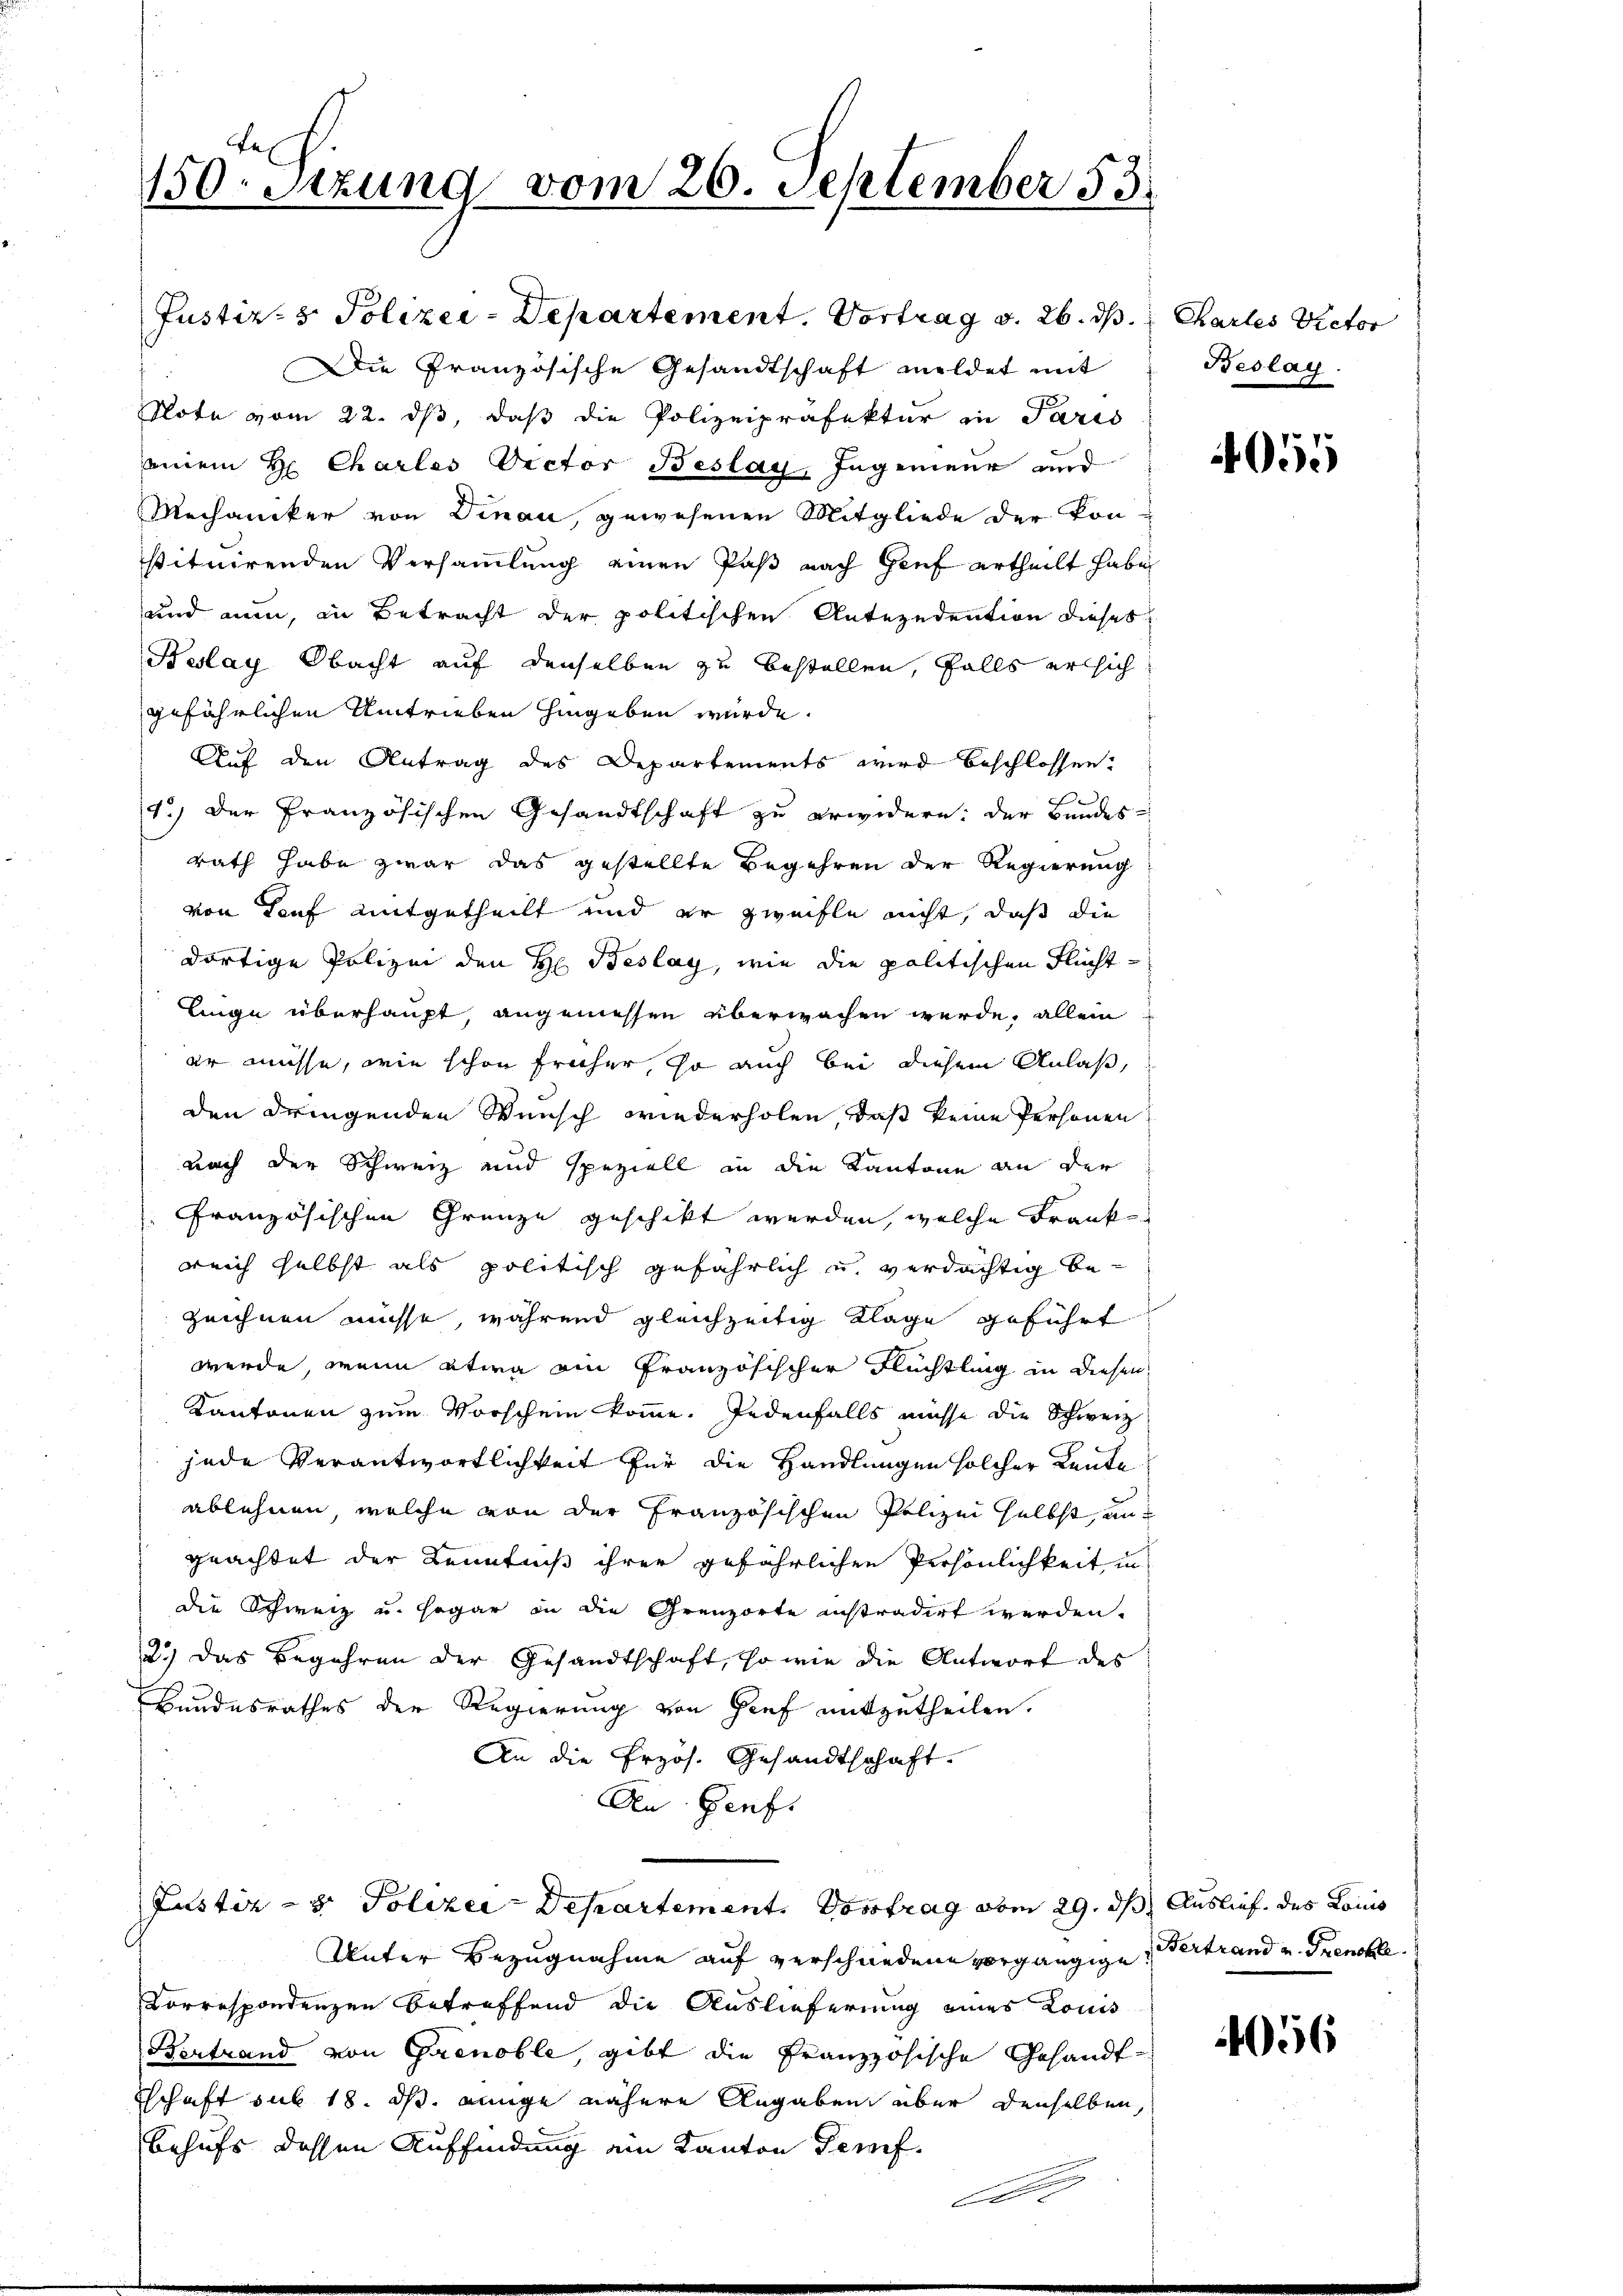
seinem Hr. Charlos Victor Beslay, Ingenieur und
Mechaniker von Dinau, gewesenen Mitgliede der Kon-
stituirenden Versammlung einen Paß nach Genf ertheilt habe,
und an, in Betracht der politischen Antezudention dieses
Beslay Obacht auf denselben zu bestellen, falls ersich
gefährlichen Umtrieben hingeben würde.
Auf den Antrag des Departements wird beschlossen:
1.) Der Französischen Gesandtschaft zu erwidern: der Bundesrath habe zwar das gestellte Begehren der Regierung
von Tief mitgetheilt und er zweifle nicht, daß die
dortige Polizei den H: Beslay, wie die politischen Fluchtlinge überhaupt, angemessen überwachen werde, allein
er müsse, wie schon früher, so auch bei diesem Anlaß,
den dringenden Wunsch wiederholen, daß keine Personen
nach der Schweiz und speziell in die Kantone an der
Französischen Grenze geschikt werden, welche Frank
reich selbst als politisch gefährlich u. verdächtig bezeichnen müsse, während gleichzeitig Klage geführt
werde, wenn etwa ein französischer Flüchtling in diesen
Kantonen zum Vorschein komme. Jedenfalls müsse die Schweiz
jede Verantwortlichkeit für die Handlungen solcher Leute
ablehnen, welche von der Französischen Polizei selbst ungeachtet der Kenntniß ihrer gefährlichen Persönlichkeit in
die Schweiz u. sogar in die Grenzorte instradirt werden.
2.) Das Begehren der Gesandtschaft, so wie die Antwort des
Bundesrathes der Regierung von Genf mitzutheilen.
An die Przös. Gesandtschaft.
An Genf.

150. Sitzung vom 26. September 53.

Justiz- & Polizei-Departement. Vortrag v. 26. ds.
Die Französische Gesandtschaft meldet mit
Note vom 22. ds, daß die Polizeipräfektur in Paris

Justiz- & Polizei-Departement. Vortrag aber 29. ds Auslief des Komis

Unter Bezugnahme auf verschiedene vorgängige
Correspondenzen betreffend die Auslieferung eines Louis
Bertrand von Grenoble, gibt die Französische Gesandt¬
Tschaft sub 18. ds. einge nähere Angaben über denselben,
behufs dessen Auffindung ein Kanton Genf.

A

Chartes Rector
Beslag

4055

Bertrand u. Trenckle.

4056